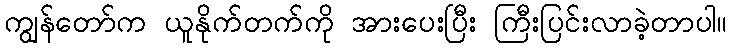
ကျွန်တော်က ယူနိုက်တက်ကို အားပေးပြီး ကြီးပြင်းလာခဲ့တာပါ။